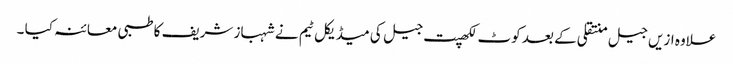
علاوہ ازیں جیل منتقلی کے بعد کوٹ لکھپت جیل کی میڈیکل ٹیم نے شہباز شریف کا طبی معائنہ کیا ۔